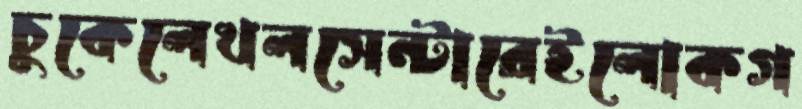
চুকেলেখলসেন্টারেইলোকগ